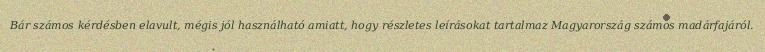
Bár számos kérdésben elavult, mégis jól használható amiatt, hogy részletes leírásokat tartalmaz Magyarország számos madárfajáról.